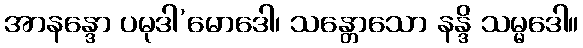
အာနန္ဒော ပမုဒါ’မောဒေါ၊ သန္တောသော နန္ဒိ သမ္မဒေါ။